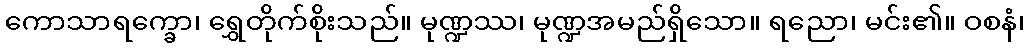
ကောသာရက္ခော၊ ရွှေတိုက်စိုးသည်။ မုဏ္ဍဿ၊ မုဏ္ဍအမည်ရှိသော။ ရညော၊ မင်း၏။ ဝစနံ၊